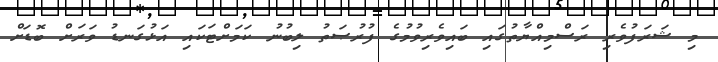
މި ޝަރަފުވެރި ރަސްމިއްޔާތުގައި ބައިވެރިވުމުގެ ފުރުޞަތު ލިބުނު ކަމަށްޓަކައި އަޅުގަނޑު ވަރަށް ބޮޑަށް